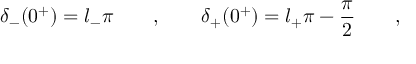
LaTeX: \delta _ { - } ( 0 ^ { + } ) = l _ { - } \pi \qquad , \qquad \delta _ { + } ( 0 ^ { + } ) = l _ { + } \pi - \frac { \pi } { 2 } \qquad ,